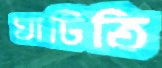
ঘাটিতি